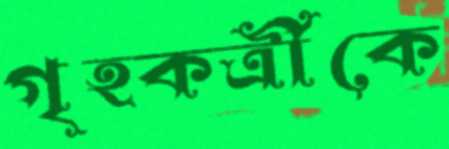
গৃহকর্ত্রীকে